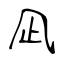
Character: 凪